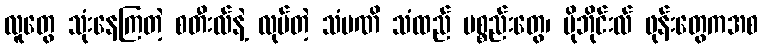
လူတွေ သုံးနေကြတဲ့ စတီးလ်နဲ့ လုပ်တဲ့ သံမဏိ သံထည် ပစ္စည်းတွေ၊ မိုဘိုင်းလ် ဖုန်းတွေကအစ